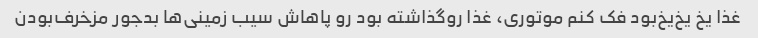
غذا یخ یخ‌یخ‌بود فک کنم‌ موتوری، غذا رو‌گذاشته بود رو پاهاش سیب زمینی‌ها بدجور مزخرف‌بودن